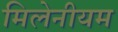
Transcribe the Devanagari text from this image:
मिलेनीयम